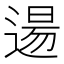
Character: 逿